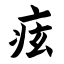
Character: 痃